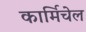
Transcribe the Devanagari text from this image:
कार्मिचेल